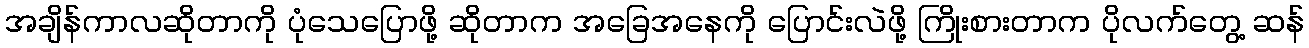
အချိန်ကာလဆိုတာကို ပုံသေပြောဖို့ ဆိုတာက အခြေအနေကို ပြောင်းလဲဖို့ ကြိုးစားတာက ပိုလက်တွေ့ ဆန်